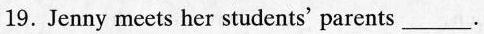
19.Jenny meets her students' parents___.